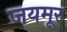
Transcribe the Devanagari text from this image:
जयमूर